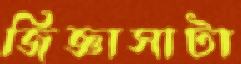
জিজ্ঞাসাটা